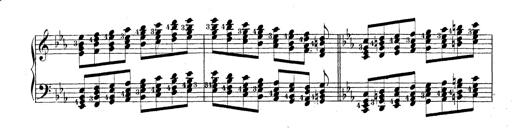
Title: Technische Studien
Composer: Franz Liszt